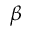
\beta